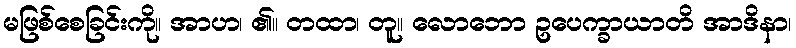
မဖြစ်စေခြင်းကို။ အာဟ၊ ၏။ တထာ၊ တူ။ လောဘော ဥပေက္ခာယာတိ အာဒိနာ၊